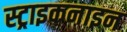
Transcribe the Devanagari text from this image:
स्ट्राइकनाइन